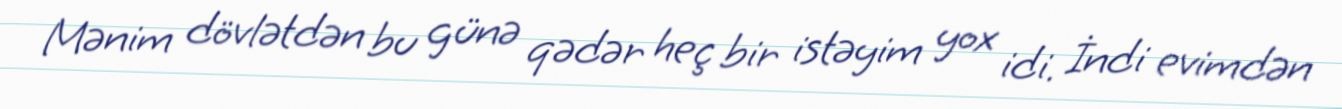
Mənim dövlətdən bu günə qədər heç bir istəyim yox idi. İndi evimdən